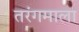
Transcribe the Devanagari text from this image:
तरंगमाला